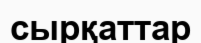
сырқаттар